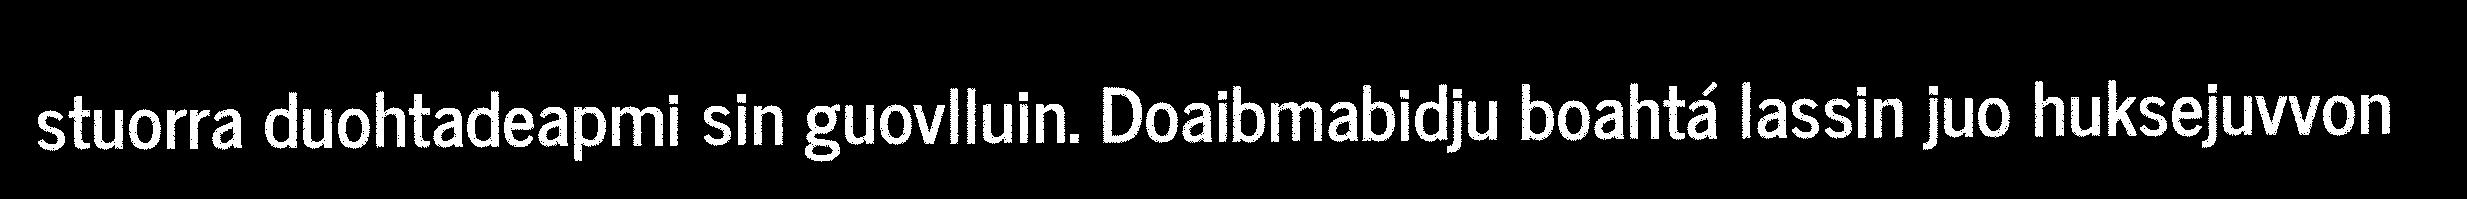
stuorra duohtadeapmi sin guovlluin. Doaibmabidju boahtá lassin juo huksejuvvon